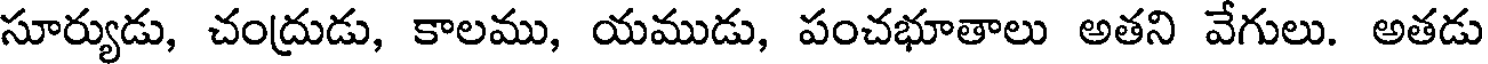
సూర్యుడు, చంద్రుడు, కాలము, యముడు, పంచభూతాలు అతని వేగులు. అతడు